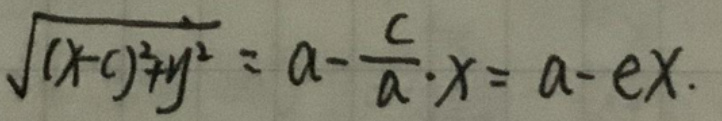
\(\sqrt{(x-c)^2+y^2}=a-\frac{c}{a}\cdot x=a-ex\)